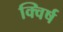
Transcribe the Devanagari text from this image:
क्विर्ष